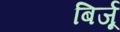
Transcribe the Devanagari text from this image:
बिर्जू